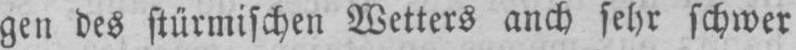
gen des stürmischen Wetters anch sehr schwer